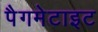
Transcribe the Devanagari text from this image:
पैगमेटाइट